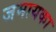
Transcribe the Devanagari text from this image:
जमायका